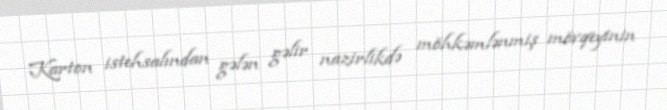
Karton istehsalından gələn gəlir nazirlikdə möhkəmlənmiş mövqeyinin